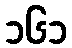
၁၆၁